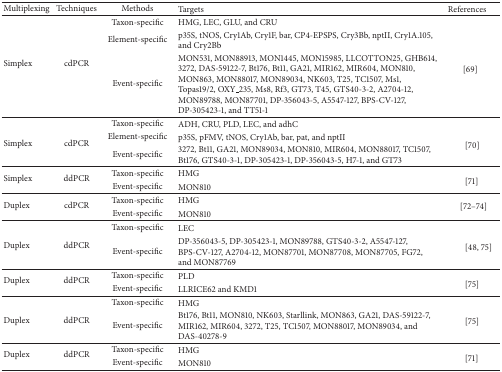
<table><thead><tr><td><b>Multiplexing</b></td><td><b>Techniques</b></td><td><b>Methods</b></td><td><b>Targets</b></td><td><b>References</b></td></tr></thead><tbody><tr><td rowspan="3">Simplex</td><td rowspan="3">cdPCR</td><td>Taxon-specific</td><td>HMG, LEC, GLU, and CRU</td><td rowspan="3"> [69] </td></tr><tr><td>Element-specific</td><td>p35S, tNOS, Cry1Ab, Cry1F, bar, CP4-EPSPS, Cry3Bb, nptII, Cry1A.105, and Cry2Bb</td></tr><tr><td>Event-specific</td><td>MON531, MON88913, MON1445, MON15985, LLCOTTON25, GHB614, 3272, DAS-59122-7, Bt176, Bt11, GA21, MIR162, MIR604, MON810, MON863, MON88017, MON89034, NK603, T25, TC1507, Ms1, Topas19/2, OXY_235, Ms8, Rf3, GT73, T45, GTS40-3-2, A2704-12, MON89788, MON87701, DP-356043-5, A5547-127, BPS-CV-127, DP-305423-1, and TT51-1</td></tr><tr><td rowspan="3">Simplex</td><td rowspan="3">cdPCR</td><td>Taxon-specific</td><td>ADH, CRU, PLD, LEC, and adhC</td><td rowspan="3">[70]</td></tr><tr><td>Element-specific</td><td>p35S, pFMV, tNOS, Cry1Ab, bar, pat, and nptII</td></tr><tr><td>Event-specific</td><td>3272, Bt11, GA21, MON89034, MON810, MIR604, MON88017, TC1507, Bt176, GTS40-3-1, DP-305423-1, DP-356043-5, H7-1, and GT73</td></tr><tr><td rowspan="2">Simplex</td><td rowspan="2">ddPCR</td><td>Taxon-specific</td><td>HMG</td><td rowspan="2">[71]</td></tr><tr><td>Event-specific</td><td>MON810</td></tr><tr><td rowspan="2">Duplex</td><td rowspan="2">cdPCR</td><td>Taxon-specific</td><td>HMG</td><td rowspan="2">[72–74]</td></tr><tr><td>Event-specific</td><td>MON810</td></tr><tr><td rowspan="2">Duplex</td><td rowspan="2">ddPCR</td><td>Taxon-specific</td><td>LEC</td><td rowspan="2">[48, 75]</td></tr><tr><td>Event-specific</td><td>DP-356043-5, DP-305423-1, MON89788, GTS40-3-2, A5547-127, BPS-CV-127, A2704-12, MON87701, MON87708, MON87705, FG72, and MON87769</td></tr><tr><td rowspan="2">Duplex</td><td rowspan="2">ddPCR</td><td>Taxon-specific</td><td>PLD</td><td rowspan="2">[75]</td></tr><tr><td>Event-specific</td><td>LLRICE62 and KMD1</td></tr><tr><td rowspan="2">Duplex</td><td rowspan="2">ddPCR</td><td>Taxon-specific</td><td>HMG</td><td rowspan="2">[75]</td></tr><tr><td>Event-specific</td><td>Bt176, Bt11, MON810, NK603, Starllink, MON863, GA21, DAS-59122-7, MIR162, MIR604, 3272, T25, TC1507, MON88017, MON89034, and DAS-40278-9</td></tr><tr><td rowspan="2">Duplex</td><td rowspan="2">ddPCR</td><td>Taxon-specific</td><td>HMG</td><td rowspan="2">[71]</td></tr><tr><td>Event-specific</td><td>MON810</td></tr></tbody></table>